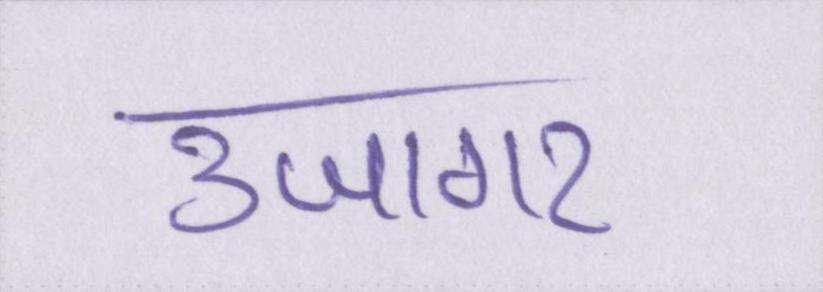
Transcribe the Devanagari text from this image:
उजागर